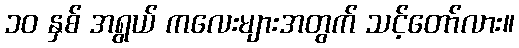
၁၀ နှစ် အရွယ် ကလေးများအတွက် သင့်တော်လား။